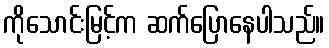
ကိုသောင်းမြင့်က ဆက်ပြောနေပါသည်။